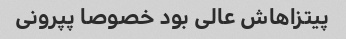
پیتزاهاش عالی بود خصوصا پپرونی